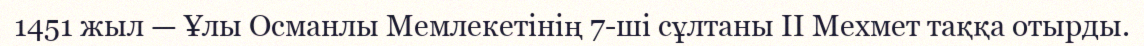
1451 жыл — Ұлы Османлы Мемлекетінің 7-ші сұлтаны II Мехмет таққа отырды.